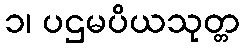
၁၊ ပဌမပိယသုတ္တ